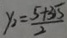
y _ { 2 } = \frac { 5 + 3 5 } { 2 }